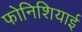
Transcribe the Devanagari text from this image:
फोनिशियाई